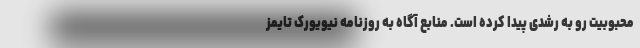
محبوبیت رو به رشدی پیدا کرده است. منابع آگاه به روزنامه نیویورک تایمز